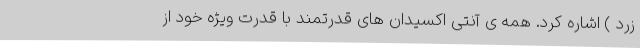
زرد ) اشاره کرد. همه ی آنتی اکسیدان های قدرتمند با قدرت ویژه خود از